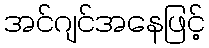
အင်ဂျင်အနေဖြင့်